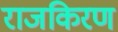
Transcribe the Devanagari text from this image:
राजकिरण